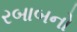
રબાબનો